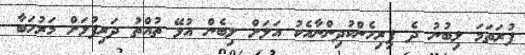
ފުރަތަމަ ލިބުނު ދެ ފިރިހެންކުދިންނާއެކު އަލަށް ލިބެން އުޅޭ ތުއްތު ދަރިފުޅަށް މަރުހަބާ